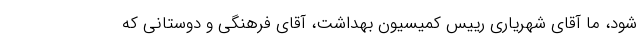
شود، ما آقای شهریاری رییس کمیسیون بهداشت، آقای فرهنگی و دوستانی که